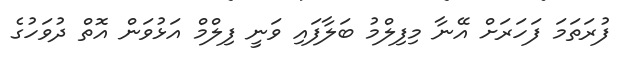
ފުރަތަމަ ފަހަރަށް އޭނާ މިފިލްމު ބަލާފައި ވަނީ ފިލްމް އަޅުވަން އޮތް ދުވަހުގެ